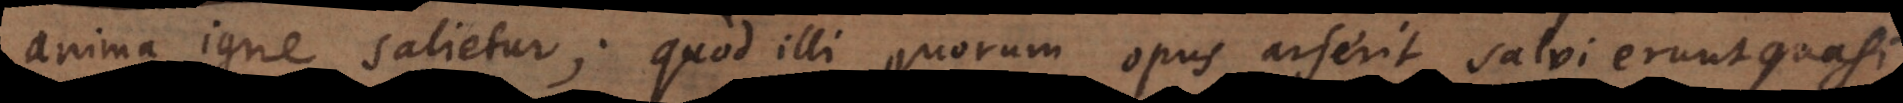
anima igne salvetur; quod illi quorum opus arserit salvi erunt quasi